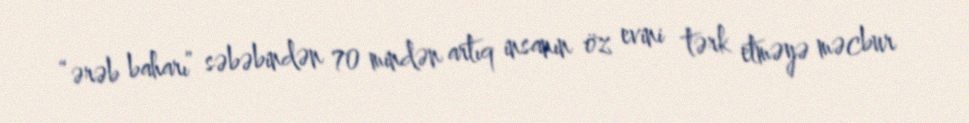
“ərəb baharı” səbəbindən 70 mindən artıq insanın öz evini tərk etməyə məcbur